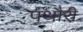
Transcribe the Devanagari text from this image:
पथौरी